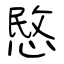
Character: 愍